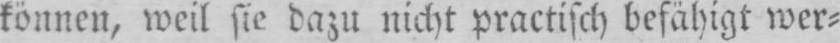
können, weil sie dazu nicht praktisch befähigt wer⸗